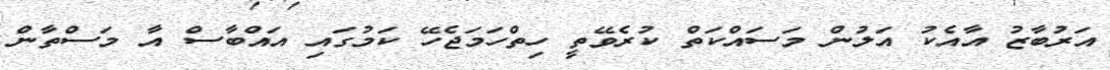
އަރުބާޒު އާއެކު އަލުން މަސައްކަތް ކުރެވޭތީ ހިތްހަމަޖެހޭ ކަމުގައި އައްބާސް އާ މަސްތާން